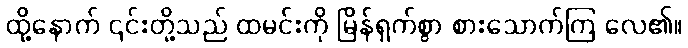
ထို့နောက် ၎င်းတို့သည် ထမင်းကို မြိန်ရှက်စွာ စားသောက်ကြ လေ၏။